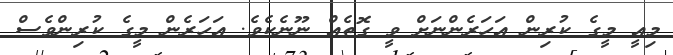
މިއީ މީގެ ކުރިން އަހަރެންނަށް ވީ ގޮތެއް ނޫނެކެވެ. އަހަރެން މީގެ ކުރިންވެސް